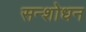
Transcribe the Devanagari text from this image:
सन्शोधन